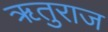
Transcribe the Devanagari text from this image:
ॠतुराज